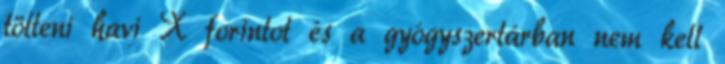
tölteni havi X forintot és a gyógyszertárban nem kell